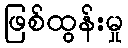
ဖြစ်ထွန်းမှု